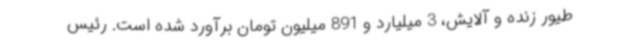
طیور زنده و آلایش، 3 میلیارد و 891 میلیون تومان برآورد شده است. رئیس